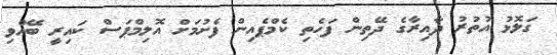
ގަލޮޅު އުތުރު ދާއިރާގެ ދޭތިން ފަހެތި ކެމްޕެއިން ފެށުމަށް އޮލިމްޕަސް ކައިރީ ބޭއްވި